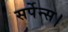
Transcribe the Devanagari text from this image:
सर्पेन्स।